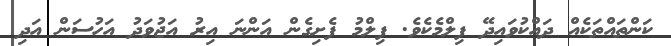
ކަންތައްތަކެއް ދައްކުވައިދޭ ފިލްމެކެވެ. ފިލްމު ފެށިގެން އަންނަ އިރު އަޖުވަދު އަހުސަން އަދި